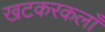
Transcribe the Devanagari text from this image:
खटकरकलाँ